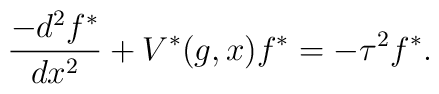
\frac{-d^2f^*}{dx^2}+V^*(g,x)f^*=-\tau^2f^*.